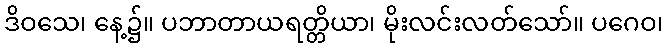
ဒိဝသေ၊ နေ့၌။ ပဘာတာယရတ္တိယာ၊ မိုးလင်းလတ်သော်။ ပဂေဝ၊